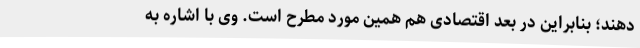
دهند؛ بنابراین در بعد اقتصادی هم همین مورد مطرح است. وی با اشاره به